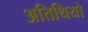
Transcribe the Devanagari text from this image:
अतिथियो